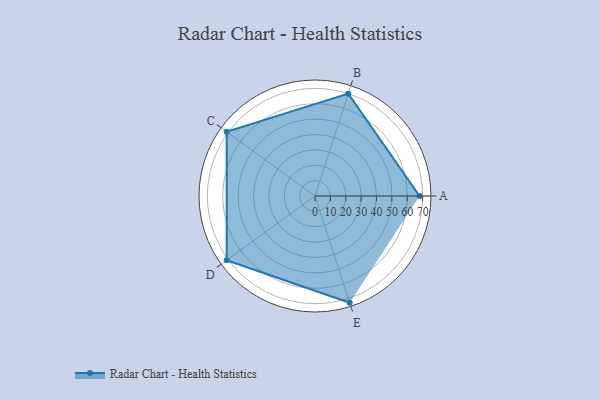
{"axis": {"x": "Skill", "y": "Score"}, "legend": ["Profile"], "data": [{"x": "A", "y": 68.0, "type": "Profile"}, {"x": "B", "y": 70.0, "type": "Profile"}, {"x": "C", "y": 71.0, "type": "Profile"}, {"x": "D", "y": 71.0, "type": "Profile"}, {"x": "E", "y": 73.0, "type": "Profile"}]}